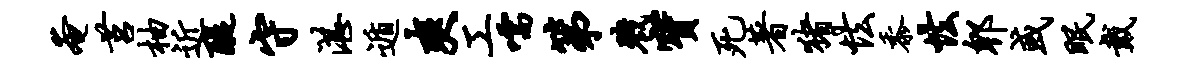
奄莒柚近醍守湛遁爽工嚅第戮宝死著猪怯黍怯郫或眠戴